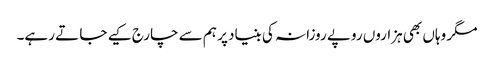
مگر وہاں بھی ہزاروں روپے روزانہ کی بنیاد پر ہم سے چارج کیے جا تے رہے۔